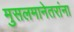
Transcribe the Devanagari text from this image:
मुसलमानेतरांना